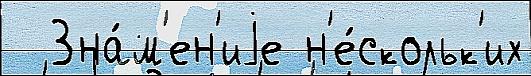
  Зна́м'ен'иjе н'е́скольк'их